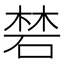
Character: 𥓙